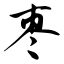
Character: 枣